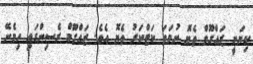
ކިޔަނީ ޒައްގޫމް ތެޔޮ ނުވަތަ ކަޓްކަރު ތެޔޮ އެވެ. ޒައްގޫމް ރެސިންގައި ހިމެނޭ